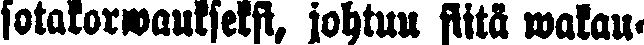
sotakorwaukseksi, johtuu siitä wakau-